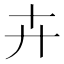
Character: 卉